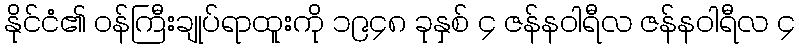
နိုင်ငံ၏ ဝန်ကြီးချုပ်ရာထူးကို ၁၉၄၈ ခုနှစ် ၄ ဇန်နဝါရီလ ဇန်နဝါရီလ ၄